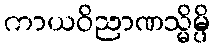
ကာယဝိညာဏသ္မိမ္ပိ